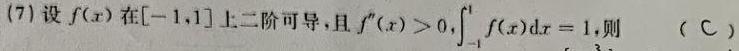
(7) 设$f(x)$在$[-1,1]$上二阶可导,且$f''(x)>0,\int_{-1}^{1}f(x)dx = 1$,则  （C）